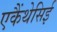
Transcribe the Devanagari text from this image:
एकैंथेसिई